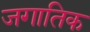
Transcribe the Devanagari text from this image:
जगातिक